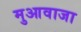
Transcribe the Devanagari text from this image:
मुआवाजा